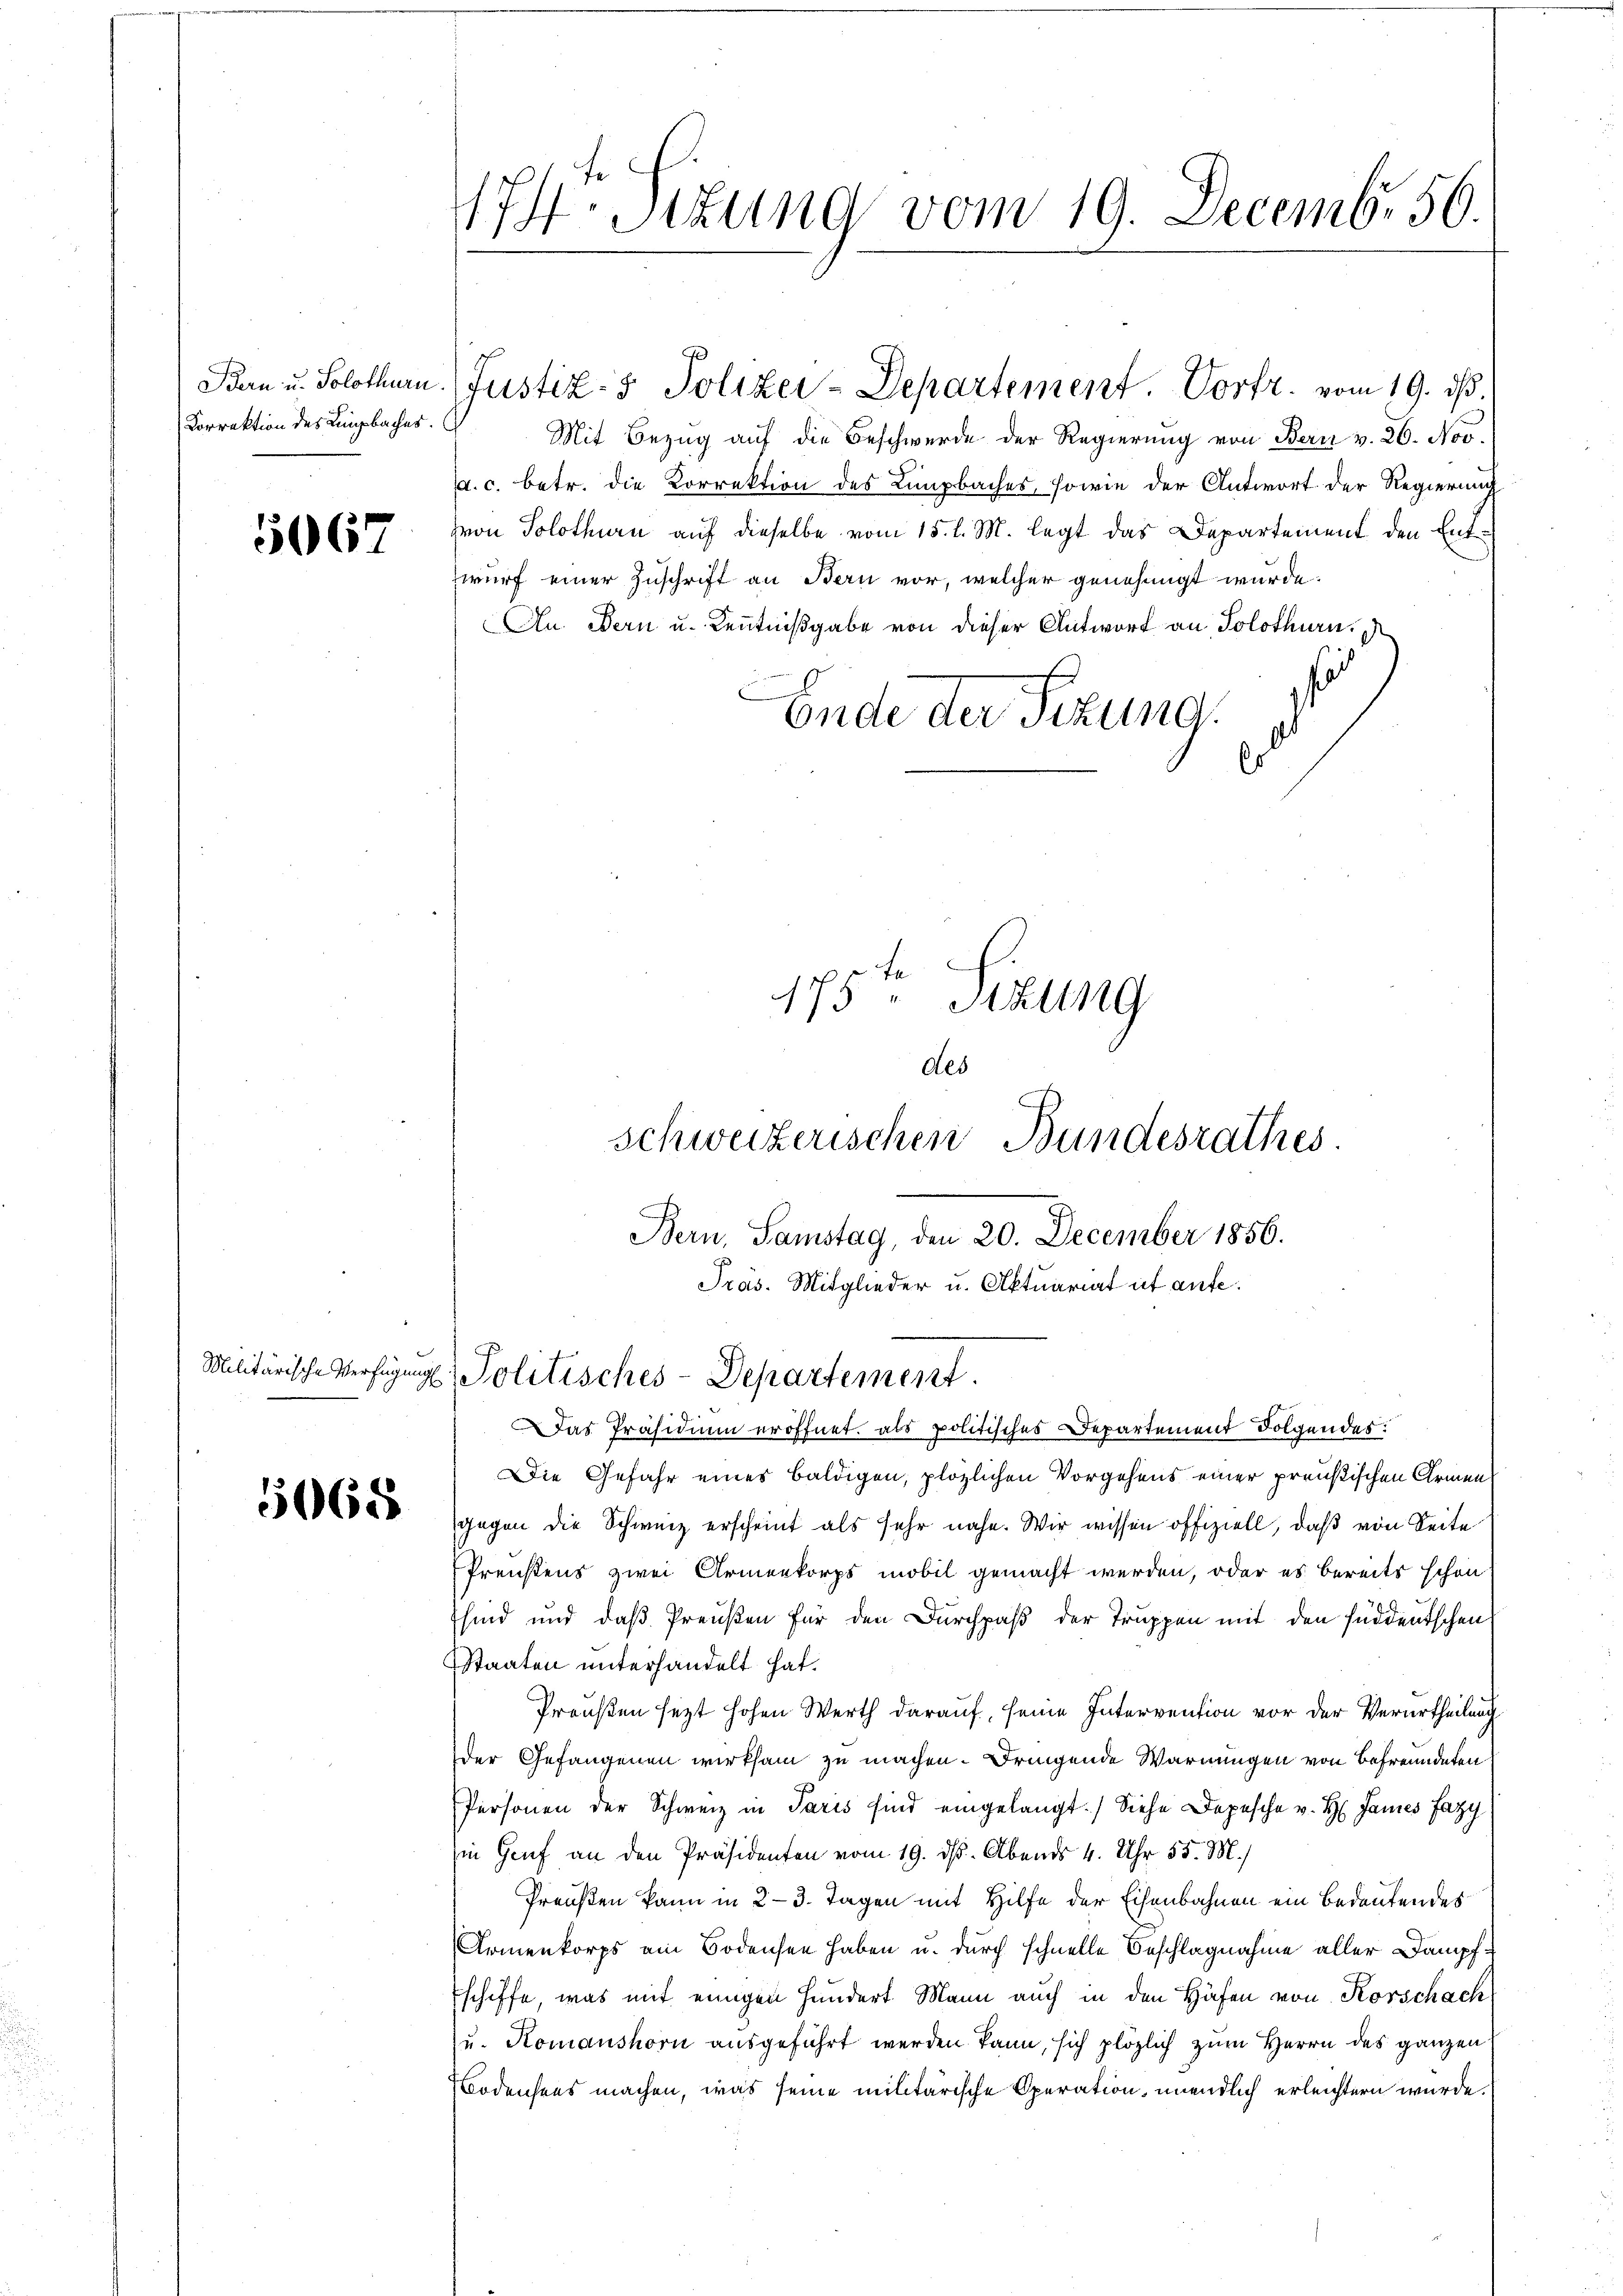
Bern u. Solothurn.
Correktion des Lingbaches.

5067

5068

17. Sitzung vom 19. Decembr 56.

Mit Bezug auf die Beschwerde der Regierung von Bern v. 26. Nov.
. c. betr. die Korrektion des Limpbaches, sowie der Antwort der Regierung
von Solothurn auf dieselbe vom 15. l. M. legt das Departement den Entwurf einer Zuschrift an Bern vor, welcher genehmigt wurde.
An. Bern u. Kenntnißgabe von dieser Antwort an Solothurnis
Ende der Sitzung.
s

Justiz- & Polizei-Departement. Vorfr. vom 19. ds.

175 " Stzung
des

Schweizerischen Bundesrathes.
Bern, Samstag, den 20. December 1856.
Präs. Mitglieder u. Aktuariat ut aufe.
Militärische Verfügung Politisches-Departement
4

Das Präsidium eröffnet, als politisches Departement Folgendes:
Die Gefahr eines baldigen, plözlichen Vorgehens einer preußischen Armen
gegen die Schweiz erscheint als sehr nahe. Wir wissen offiziell, daß von Seite
Preistens zwei Armenkorps mobil gemacht werden, oder es bereits schon
sind und daß Preußen für den Durchpaß der Truppen mit den süddeutschen
Staaten unterhandelt hat.
Preußen sezt hohen Werth darauf, seine Intervention vor der Verurtheilung
der Gefangenen wirksam zu machen. Dringende Warnungen von Befreundeten
Personen der Schweiz in Paris sind eingelangt.) Siehe Depesche v. H. Jannes Fazy
in Genf an den Präsidenten vom 19. ds. Abends 4. Uhr 55. M.)
Preußen kann in 23. Tagen mit Hilfe der Eisenbahnen ein Bedeutendes
Armenkorps am Bodensen haben u. durch schnelle Beschlagnahme aller Dampfschiffe, was mit einigen Hundert Mann auch in den Häfen von Korschach
u. Komanshorn ausgeführt werden kann, sich plözlich zum Herrn des ganzen
odensens machen, was seine militärische Operation, unendlich erleichtern wurde,